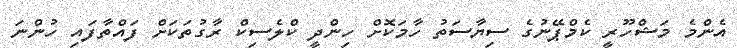
އެންމެ މަޝްހޫރީ ކެމްޕޭނުގެ ސިޔާސަތު ހާމަކޮށް ހިންދީ ކްލެސިކް ރާގުތަކަށް ފައްތާފައި ހުންނަ